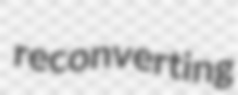
reconverting